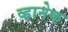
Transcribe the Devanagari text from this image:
व्हानेक